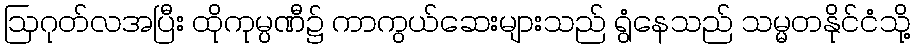
ဩဂုတ်လအပြီး ထိုကုမ္ပဏီ၌ ကာကွယ်ဆေးများသည် ရွံနေသည် သမ္မတနိုင်ငံသို့